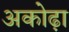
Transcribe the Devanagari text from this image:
अकोढ़ा